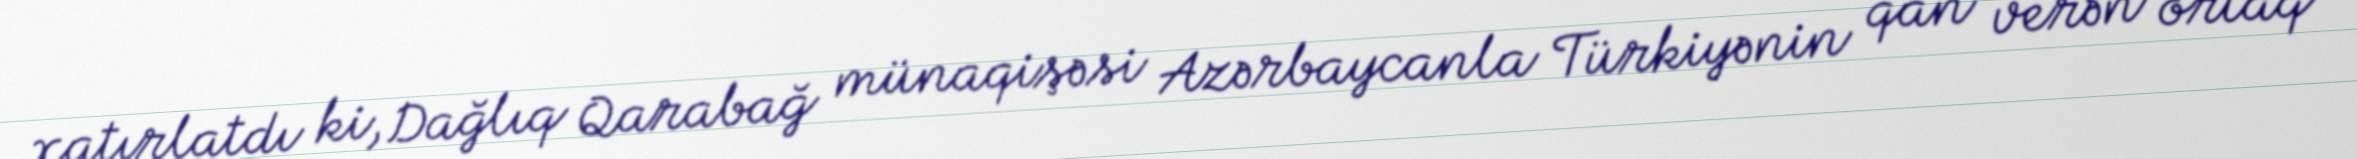
xatırlatdı ki, Dağlıq Qarabağ münaqişəsi Azərbaycanla Türkiyənin qan verən ortaq